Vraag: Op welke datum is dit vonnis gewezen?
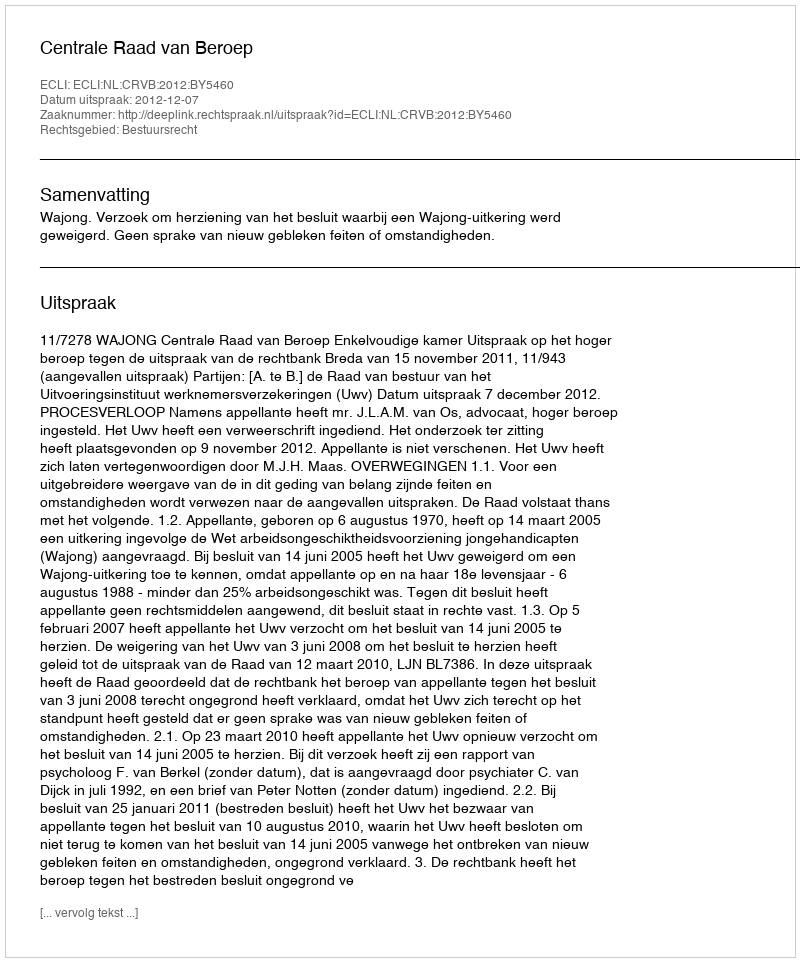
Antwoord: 2012-12-07